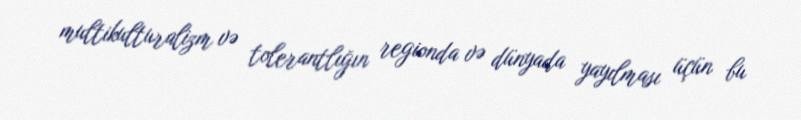
multikulturalizm və tolerantlığın regionda və dünyada yayılması üçün bu